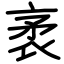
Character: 袤